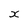
Character: x